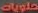
حلويات